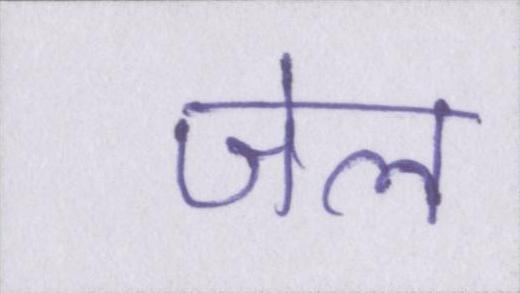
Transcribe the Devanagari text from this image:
जेल